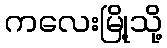
ကလေးမြို့သို့